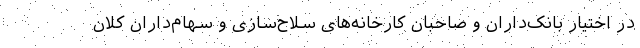
در اختیار بانک‌داران و صاحبان کارخانه‌های سلاح‌سازی و سهام‌داران کلان